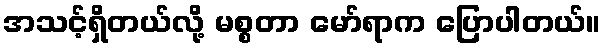
အသင့်ရှိတယ်လို့ မစ္စတာ မော်ရာက ပြောပါတယ်။